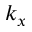
k _ { x }